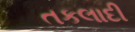
તકલાદી